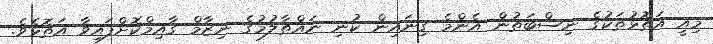
މިއީ އަތޮޅުތަކުގެ ނިސްބަތުން އެންމެ ގިނައިން ކުނި ނައްތާލުމުގެ ނިޒާމް ގާއިމްކޮށްފައިވާ އަތޮޅެވެ.